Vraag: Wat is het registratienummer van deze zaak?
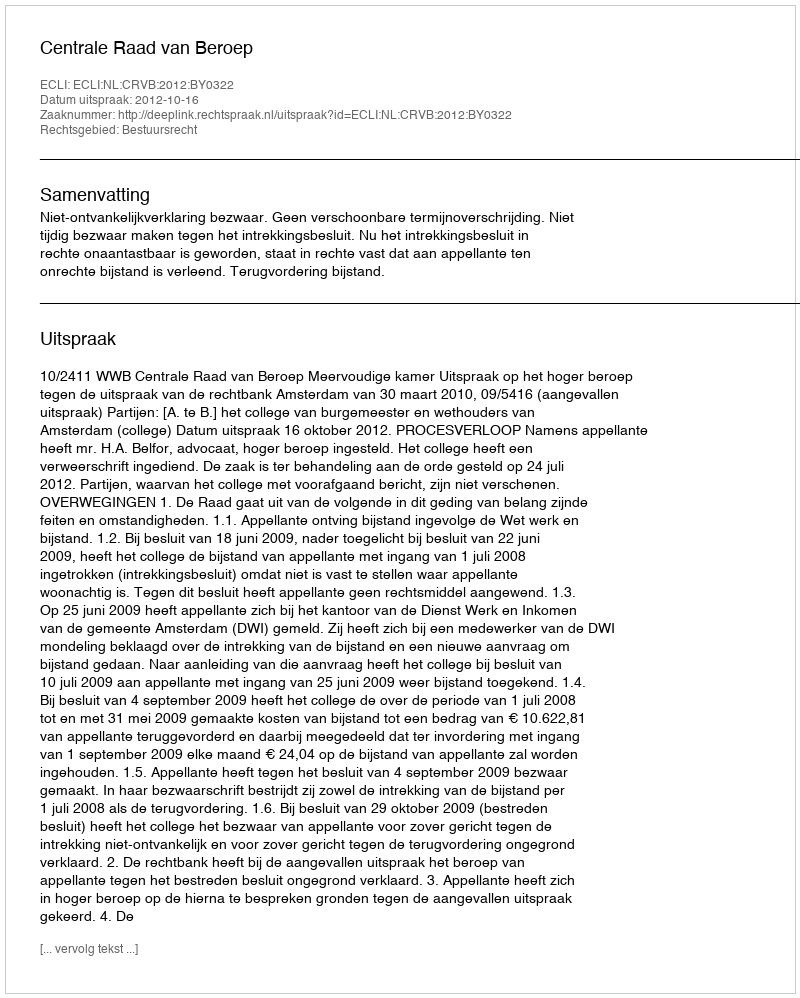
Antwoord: http://deeplink.rechtspraak.nl/uitspraak?id=ECLI:NL:CRVB:2012:BY0322